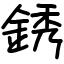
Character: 銹